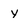
Character: y